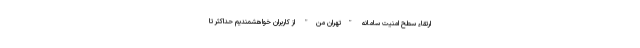
ارتقاء سطح امنیت سامانه "تهران من" از کاربران خواهشمندیم حداکثر تا